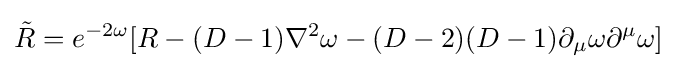
{\tilde {R}}=e^{-2\omega }[R-(D-1)\nabla ^{2}\omega -(D-2)(D-1)\partial _{\mu }\omega \partial ^{\mu }\omega ]